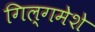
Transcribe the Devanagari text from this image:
गिल्गमेशे